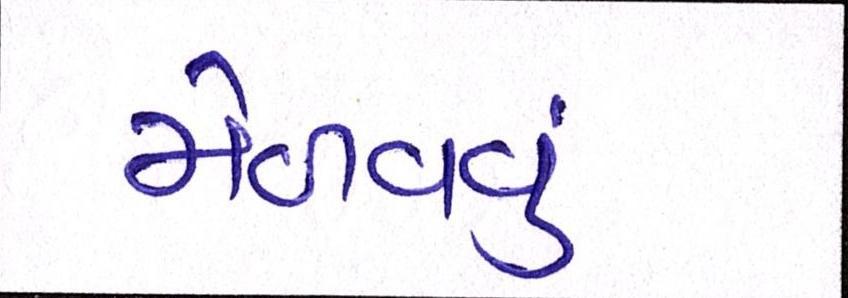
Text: મેળવવું